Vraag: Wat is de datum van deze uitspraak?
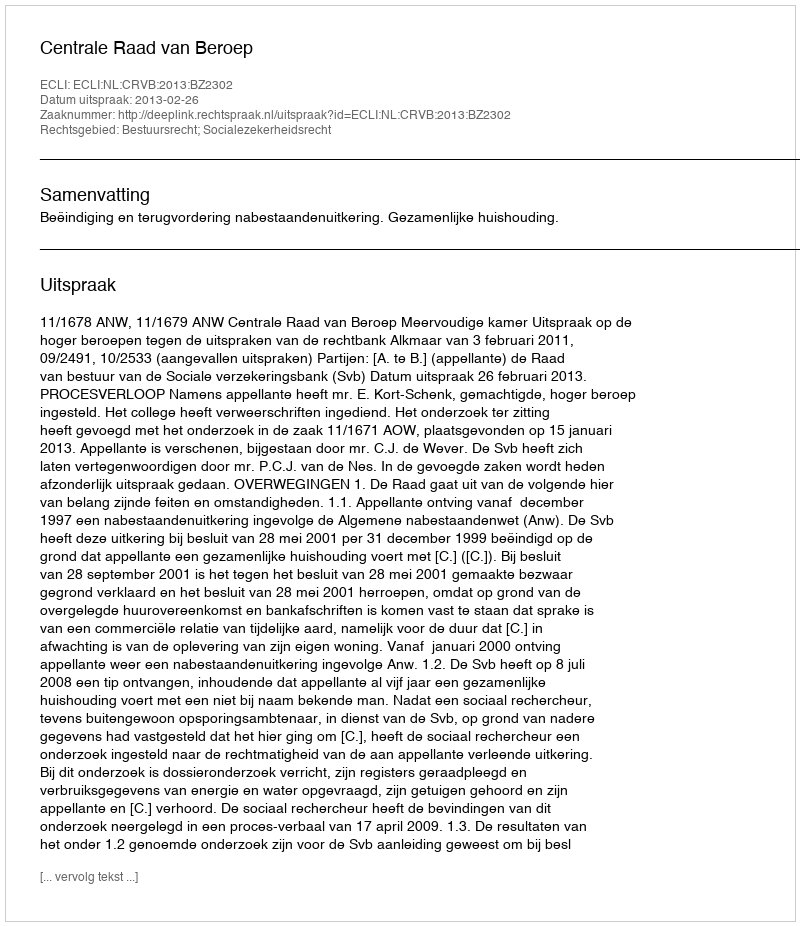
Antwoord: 2013-02-26